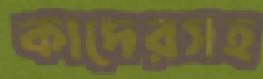
কাদেরসহ